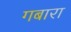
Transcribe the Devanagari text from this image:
गबारा